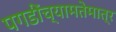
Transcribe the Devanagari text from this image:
पगडींच्यामतेमात्र